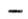
-